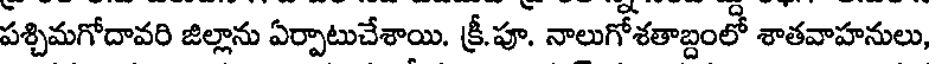
పశ్చిమగోదావరి జిల్లాను ఏర్పాటుచేశాయి. క్రీ.పూ. నాలుగోశతాబ్దంలో శాతవాహనులు,